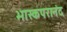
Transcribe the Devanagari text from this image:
भास्कपरानंद